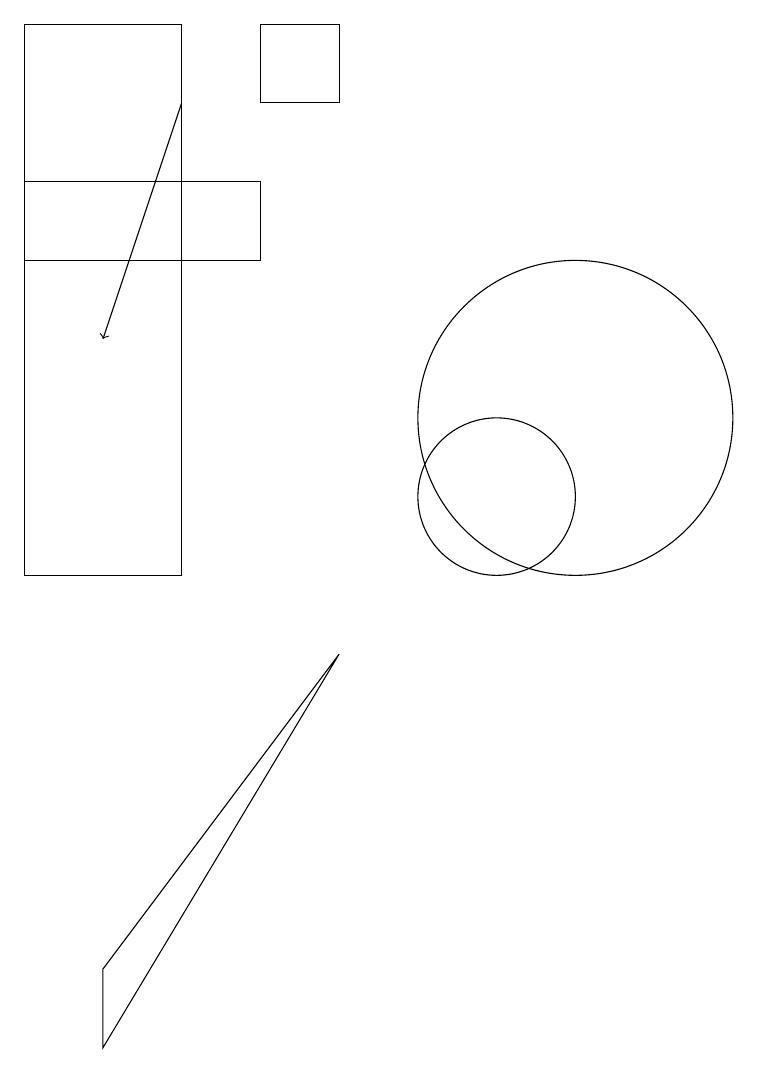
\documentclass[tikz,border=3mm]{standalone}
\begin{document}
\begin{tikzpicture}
\draw (7,17) rectangle (8,16);
\draw (10,11) circle (1);
\draw (11,10) circle (0);
\draw (11,12) circle (2);
\draw[->] (6,16) -- (5,13);
\draw (4,15) rectangle (7,14);
\draw (8,9) -- (5,4) -- (5,5) -- cycle;
\draw (4,17) rectangle (6,10);
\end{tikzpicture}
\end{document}